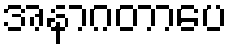
အနာဂတာပေ